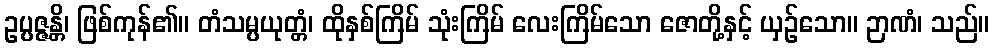
ဥပ္ပဇ္ဇန္တိ၊ ဖြစ်ကုန်၏။ တံသမ္ပယုတ္တံ၊ ထိုနှစ်ကြိမ် သုံးကြိမ် လေးကြိမ်သော ဇောတို့နှင့် ယှဉ်သော။ ဉာဏံ၊ သည်။